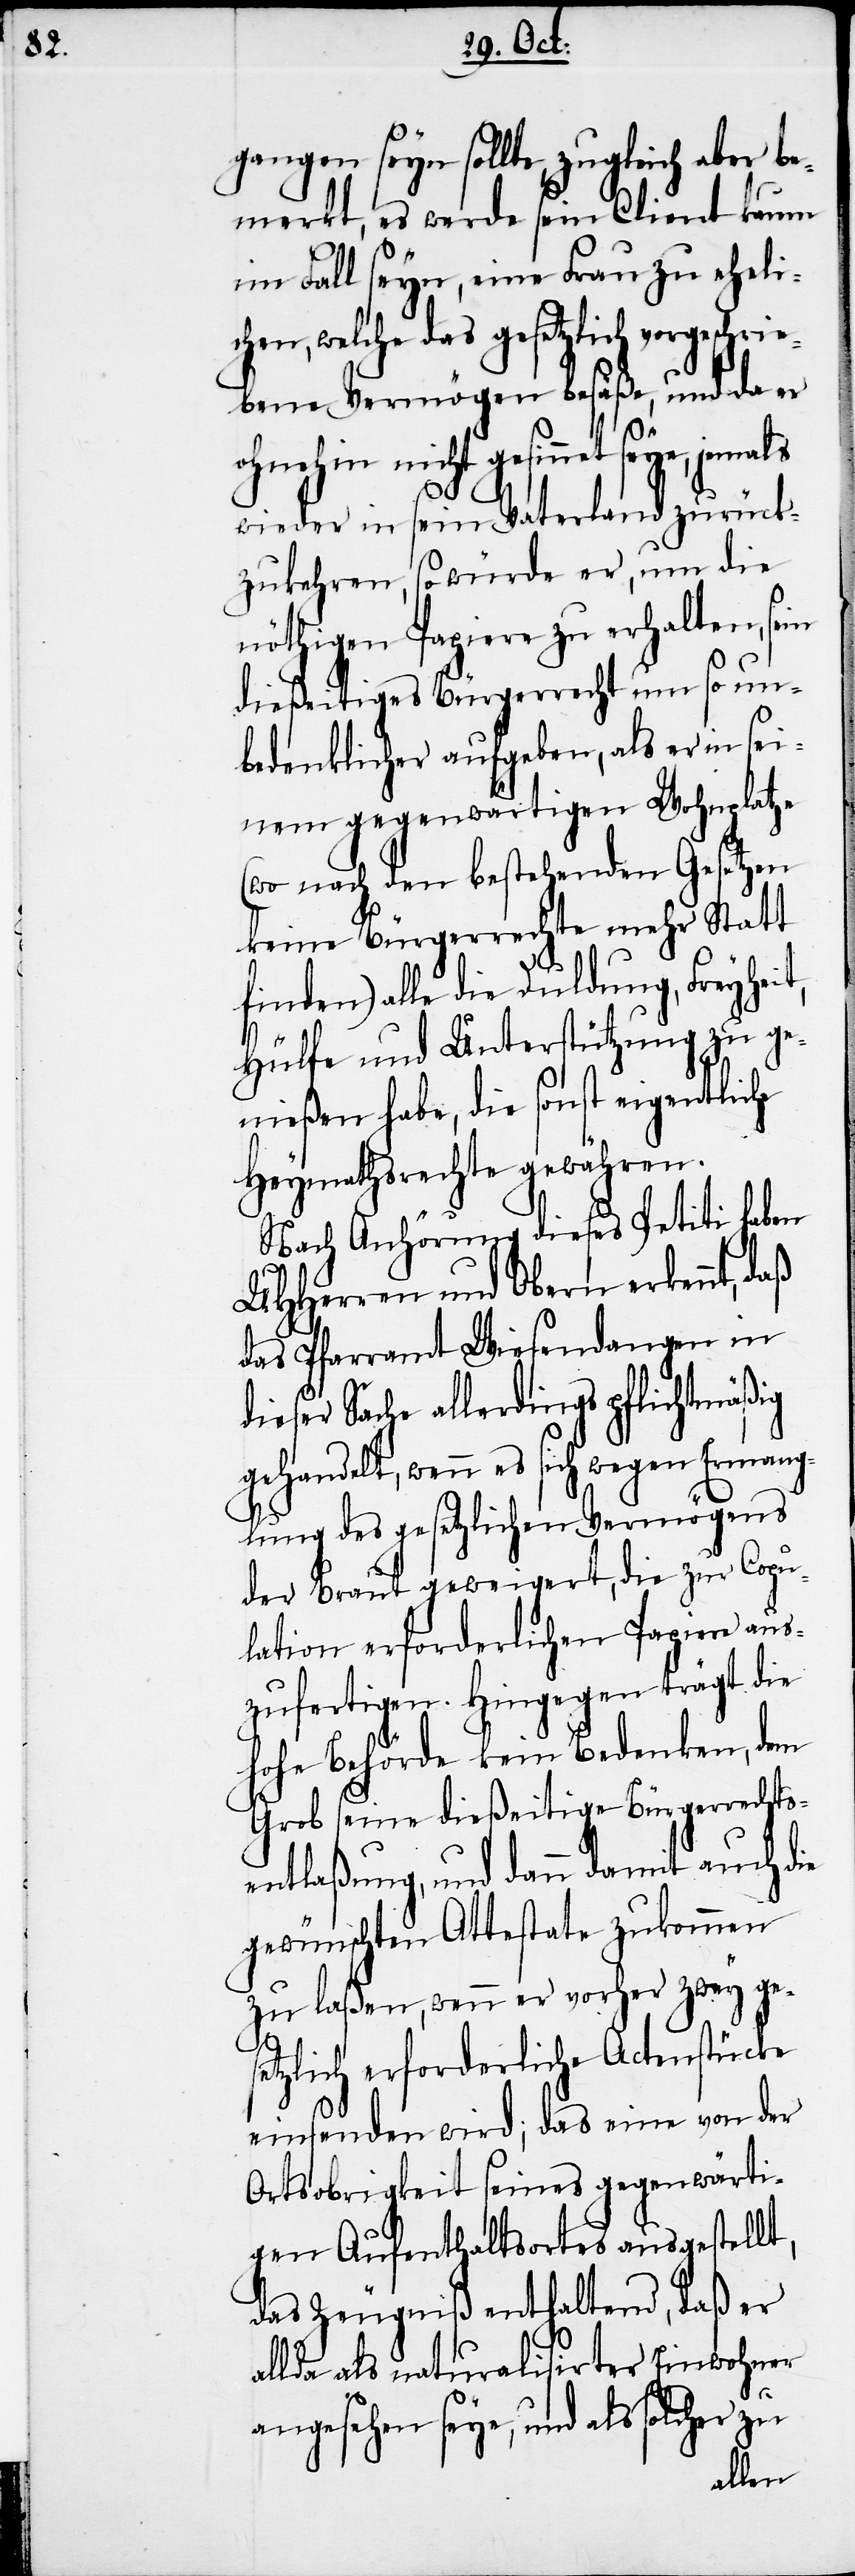
gangen seyn sollte, zugleich aber be¬
merkt, es werde sein Client kaum
im Fall seyn, eine Frau zu eheli¬
chen, welche das gesetzlich vorgeschrie¬
bene Vermögen besäße, und da er
ohnehin nicht gesinnet seye, jemals
wieder in sein Vaterland zurück¬
zukehren, so würde er, um die
nöthigen Papiere zu erhalten, sein
dießeitiges Bürgerrecht um so un¬
bedenklicher aufgeben, als er in sei¬
nem gegenwärtigen Wohnplatze
(wo nach den bestehenden Gesetzen
keine Bürgerrechte mehr Statt
finden) alle die Duldung, Freyhei¬
Hülfe und Unterstützung zu ge¬
nießen habe, die sonst eigentliche
Heymathsrechte gewähren.
Nach Anhörung dieses Petiti haben
UHHerren und Obern erkennt, das
das Pfarramt Wiesendangen in
dieser Sache allerdings pflichtmäßig
wenn es sich wegen Ermang¬
lung des gesetzlichen Vermögens
der Braut geweigert, die zur Copu¬
lation erforderlichen Papiere aus¬
zufertigen. Hingegen trägt die
hohe Behörde kein Bedenken, dem
Grob seine dießeitige Bürgerrechts¬
entlaßung, und dann damit auch die
gewünschten Attestate zukommen
zu laßen, wenn er vorher zwey ges¬
etzlich erforderliche Actenstücke
einsenden wird; das eine von der
Ortsobrigkeit seines gegenwärti¬
gen Aufenthaltsortes ausgestellt,
das Zeugniß enthaltend, daß er
allda als naturalisirter Einwohner
t,
angesehen seye, und als solcher zu